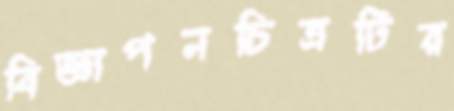
বিজ্ঞাপনচিত্রটির